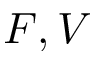
F , V